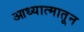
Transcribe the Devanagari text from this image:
आध्यात्मातून